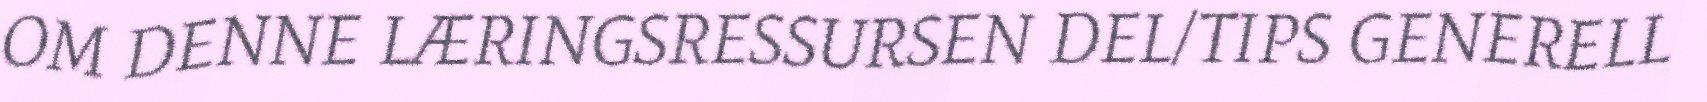
OM DENNE LÆRINGSRESSURSEN DEL/TIPS GENERELL